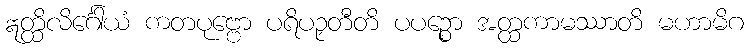
ဣတ္ထိလိင်္ဂေါယံ ကတပုဗ္ဗော ပရိပဉှတီတိ ပပဉ္စော အတ္ထကာမဿာတိ မဟာမိဂ